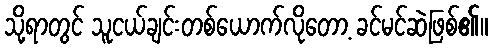
သို့ရာတွင် သူငယ်ချင်းတစ်ယောက်လိုတော့ ခင်မင်ဆဲဖြစ်၏။